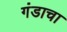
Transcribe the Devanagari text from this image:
गंडाचा